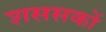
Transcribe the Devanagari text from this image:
शससकों